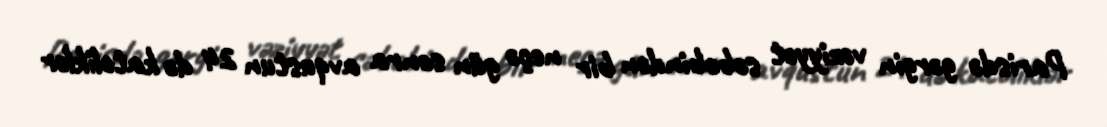
Parisdə gərgin vəziyyət səbəbindən bir neçə gün sonra avqustun 24 də katoliklər